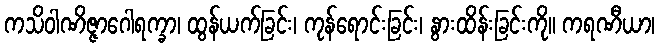
ကသိဝါဏိဇ္ဇာဂေါရက္ခာ၊ ထွန်ယက်ခြင်း၊ ကုန်ရောင်းခြင်း၊ နွားထိန်းခြင်းကို။ ကရဏီယာ၊